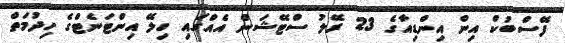
ފޭސްބުކް އިން އިންޑިއާގެ 23 ރޭލު ސްޓޭޝަން އެއްގައި ހިލޭ އިންޓަނެޓްގެ ހިދުމަތް